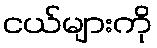
ငယ်များကို